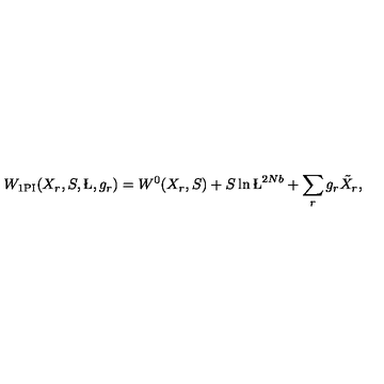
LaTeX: W _ { \mathrm { 1 P I } } ( X _ { r } , S , \L , g _ { r } ) = W ^ { 0 } ( X _ { r } , S ) + S \ln \L ^ { 2 N b } + \sum _ { r } g _ { r } \tilde { X } _ { r } ,